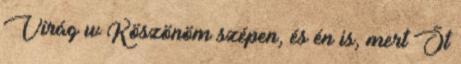
Virág w Köszönöm szépen, és én is, mert Őt